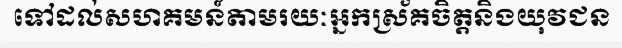
ទៅដល់សហគមន៍តាមរយៈអ្នកស្រ័គចិត្តនិងយុវជន